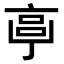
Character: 𠅠